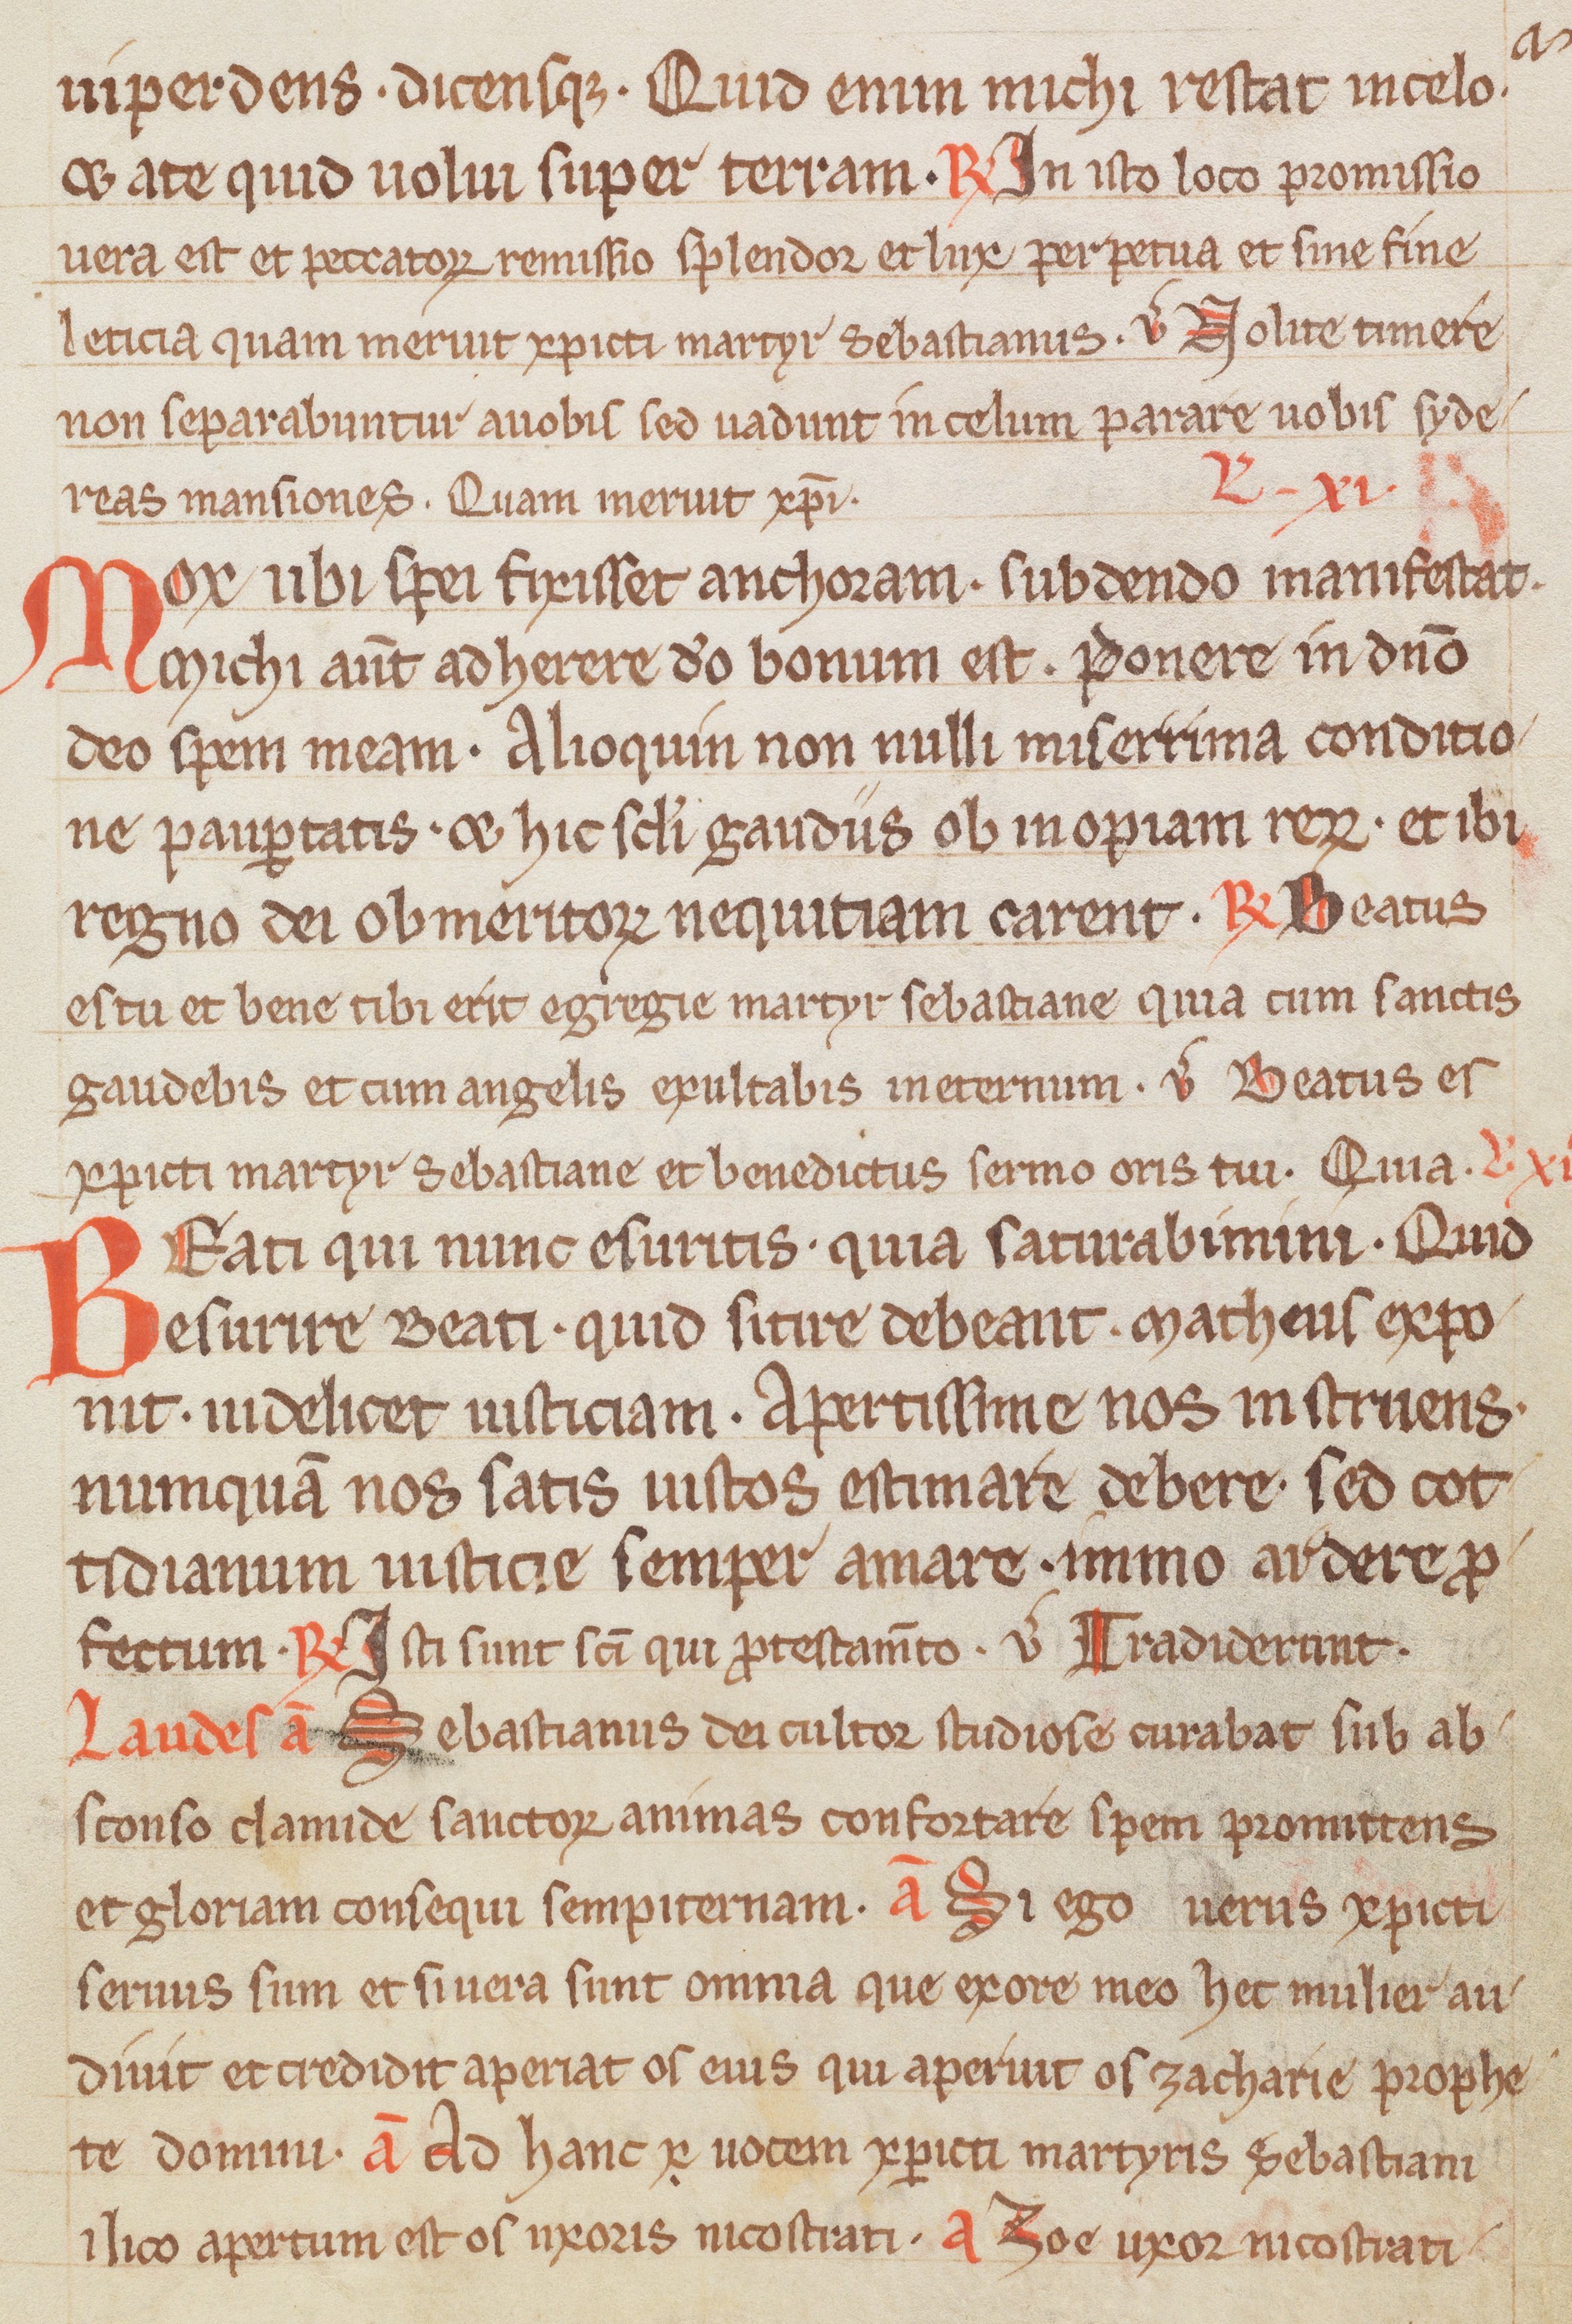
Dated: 1300–1399